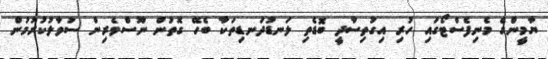
ޔާމީންގެ މެނިފެސްޓޯގައި ހުރި އިގުތިސާދީ ބޮޑެތި ލަނޑުދަނޑިތަކާ ބެހޭ ގޮތުން ނޫސްވެރިން ސުވާލުކުރުމުން